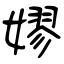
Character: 嫪